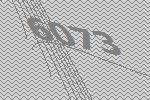
6073